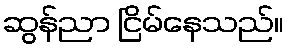
ဆွန်ညာ ငြိမ်နေသည်။